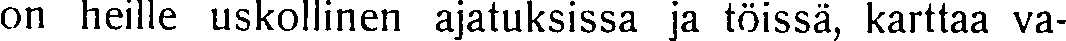
on heille uskollinen ajatuksissa ja töissä, karttaa va-